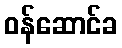
ဝန်ဆောင်ခ